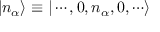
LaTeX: | n _ { \alpha } \rangle \equiv | \cdots , 0 , n _ { \alpha } , 0 , \cdots \rangle